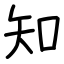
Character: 知